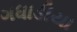
ગધાડીયા